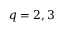
q = 2 , 3